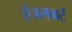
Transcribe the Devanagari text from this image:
एंजलबार्ट